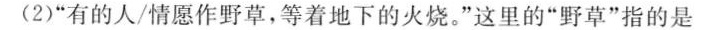
(2)”有的人/情愿作野草，等着地下的火烧。”这里的”野草”指的是